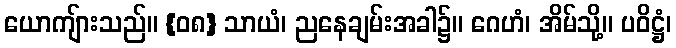
ယောကျ်ားသည်။ {၀၈} သာယံ၊ ညနေချမ်းအခါ၌။ ဂေဟံ၊ အိမ်သို့။ ပဝိဋ္ဌံ၊